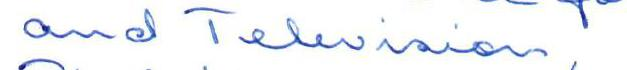
and Television,